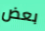
بعض